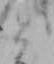
と